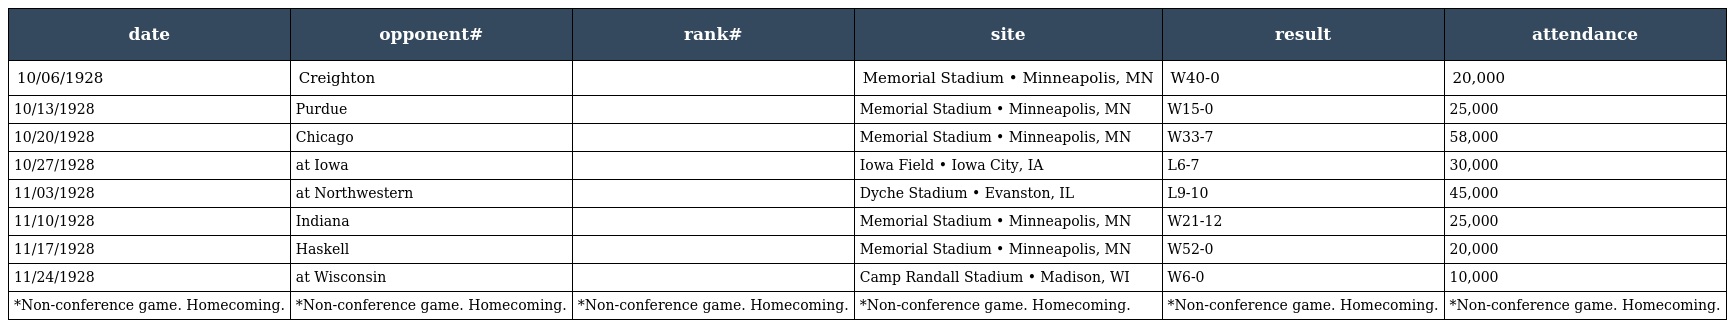
| date | opponent# | rank# | site | result | attendance |
 | --- | --- | --- | --- | --- | --- |
 | 10/06/1928 | Creighton |  | Memorial Stadium • Minneapolis, MN | W40-0 | 20,000 |
 | 10/13/1928 | Purdue |  | Memorial Stadium • Minneapolis, MN | W15-0 | 25,000 |
 | 10/20/1928 | Chicago |  | Memorial Stadium • Minneapolis, MN | W33-7 | 58,000 |
 | 10/27/1928 | at Iowa |  | Iowa Field • Iowa City, IA | L6-7 | 30,000 |
 | 11/03/1928 | at Northwestern |  | Dyche Stadium • Evanston, IL | L9-10 | 45,000 |
 | 11/10/1928 | Indiana |  | Memorial Stadium • Minneapolis, MN | W21-12 | 25,000 |
 | 11/17/1928 | Haskell |  | Memorial Stadium • Minneapolis, MN | W52-0 | 20,000 |
 | 11/24/1928 | at Wisconsin |  | Camp Randall Stadium • Madison, WI | W6-0 | 10,000 |
 | *Non-conference game. Homecoming. | *Non-conference game. Homecoming. | *Non-conference game. Homecoming. | *Non-conference game. Homecoming. | *Non-conference game. Homecoming. | *Non-conference game. Homecoming. |